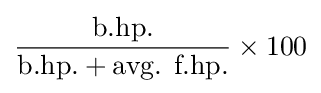
{\dfrac {\mbox{b.hp.}}{{\mbox{b.hp.}}+{\mbox{avg. f.hp.}}}}\times 100